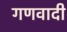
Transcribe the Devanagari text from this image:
गणवादी